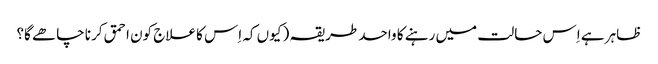
ظاہر ہے اِس حالت میں رہنے کا واحد طریقہ ( کیوں کہ اِس کا علاج کون احمق کرنا چاھے گا؟